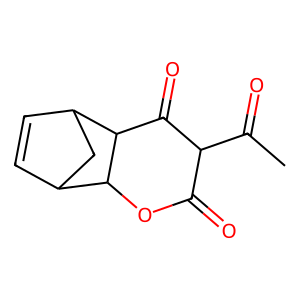
SMILES: CC(=O)C1C(=O)OC2C3C=CC(C3)C2C1=O
Inhibits HIV replication: No